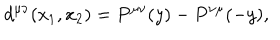
d ^ { \mu \nu } ( x _ { 1 } , x _ { 2 } ) = P ^ { \mu \nu } ( y ) - P ^ { \nu \mu } ( - y ) ,